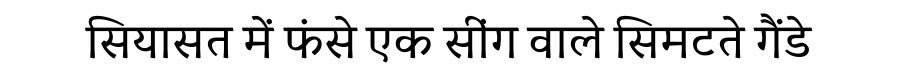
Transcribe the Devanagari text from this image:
सियासत में फंसे एक सींग वाले सिमटते गैंडे